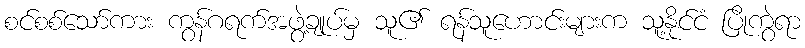
စင်စစ်သော်ကား ကွန်ဂရက်အဖွဲ့ချုပ်မှ သူ၏ ရန်သူဟောင်းများက သူ့နိုင်ငံ ပြိုကွဲရာ